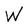
Character: W